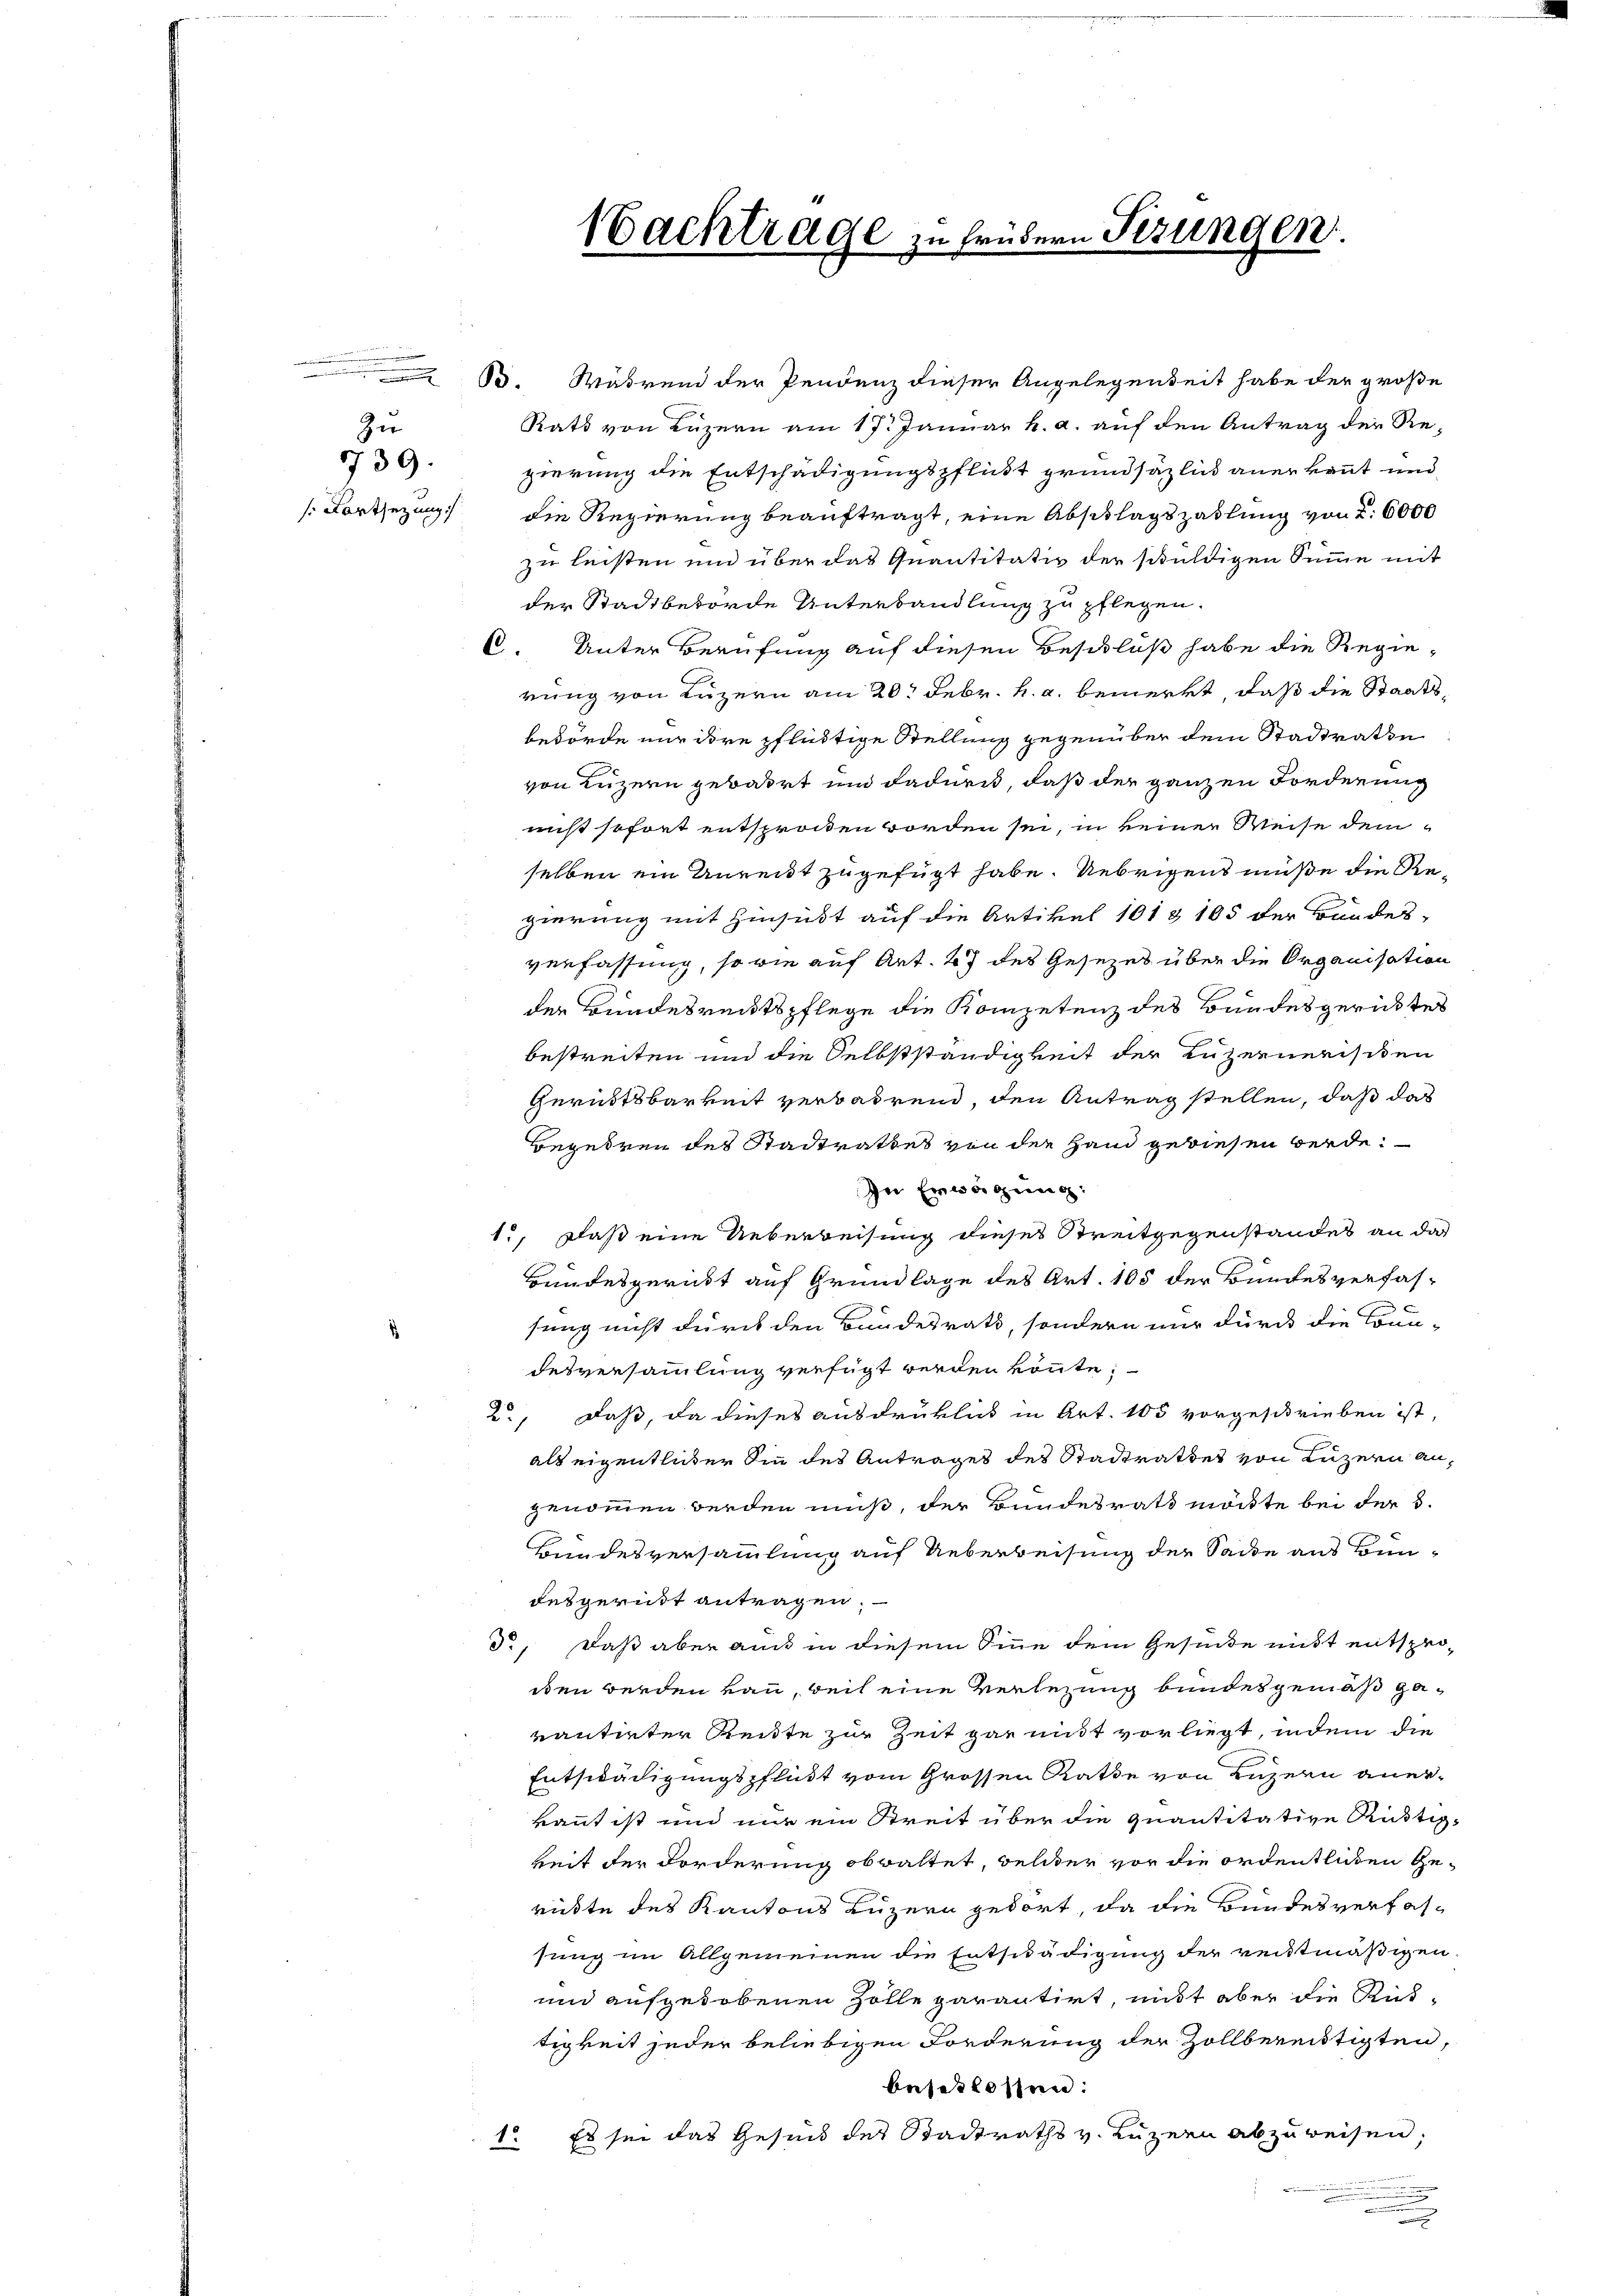
.
Zu
739.
Fortsezung

B. Während der Pendenz dieser Angelegenheit habe der große
Rats von Luzern am 17. Januar h. a. auf den Antrag der Re-
gierung die Entschädigungspflikt grundsätzlich anerkennt und
die Regierung beauftragt, eine Abschlagszahlung von 2. 6000
zu leisten und über das Quantitativ der schuldigen Summe mit
der Stadtbehörde Unterbandlung zu pflegen.
C. Unter Berufung auf diesen Beschluß habe die Regie-
rung von Luzern am 20. Febr. h. a. bemerkt, daß die Staatsbehörde nur dire pflüchtige Stellung gegenüber dem Stadtrathe
von Luzern gebart und dadurch, daß der ganzen Forderung
nicht sofort entsprocken worden sei, in keiner Weise dem
selben ein Unreidt zugefügt habe. Uebrigens müße die Regierung mit Hinsidt auf die Artikel 101 § 105 der Bundes-
verfassung, so wie auf Art. 27 des Gesezes über die Organisation
der Bundesrechtspflege die Kompetenz des Bundesgerichtes
bestreiten und die Selbstständigkeit der Luzernerisiken
Gerichtsbarkeit verbarend, den Antrag stellen, daß das
Begehren des Stadtrathes von der Hand gewiesen werde.
zu Erwägung:
1., Daß eine Ueberweisung dieses Streitgegenstandes an das
Bundesgericht auf Grundlage des Art. 105 der Bundesverfas-
sung nicht durch den Bundesrath, sondern nur durch die Comdesversammlung verfügt werden könnte;
2, daß, da dieses ausdrüklich in Art. 105 vorgeschrieben ist,
als eigentlicher Sinn des Antrages des Stadtrathes von Luzern angenommen werden muß, der Bundesrath möchte bei der 3.
Bundesversammlung auf Ueberweisung der Sache aus Bundesgericht antragen.
do, daß aber auch in diesem Sinne dem Gesinde nicht entsproden werden kan, weil eine Verlegung bundes gemäß gavautirter Reitte zur Zeit gar mit vorliegt, indem die
Entschädigungspflikt vom Grossen Rathe von Luzern anerkannt ist und mir ein Streit über die Quantitative Rüstig-
keit der Forderung obwaltet, welcher vor die ordentlichen Gerückte des Kantons Luzern gedört, da die Bundesverfassung im Allgemeinen die Entschädigung der reittmäßigen.
und aufgehobenen Zolle parantirt, mit aber die Rustigkeit jeder beliebigen Forderung der Zollbereitigten,
beschlossen:
1. Es sei das Gesund des Stadtraths v. Luzern abzureisen,

Nachträge zu frühern Pizungen